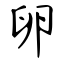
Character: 卵